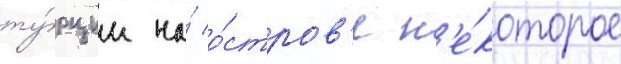
ту́рции на́ о́стров'е н'е́которое